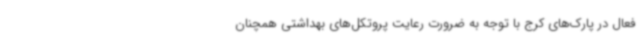
فعال در پارک‌های کرج با توجه به ضرورت رعایت پروتکل‌های بهداشتی همچنان